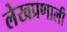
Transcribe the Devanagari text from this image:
लेखप्रणाली